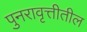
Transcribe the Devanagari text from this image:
पुनरावृत्तीतील